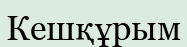
Кешқұрым